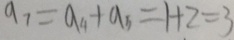
a _ { 7 } = a _ { 4 } + a _ { 3 } = 1 + 2 = 3